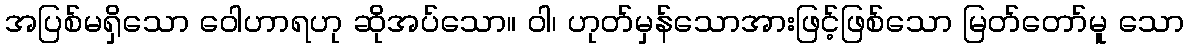
အပြစ်မရှိသော ဝေါဟာရဟု ဆိုအပ်သော။ ဝါ၊ ဟုတ်မှန်သောအားဖြင့်ဖြစ်သော မြတ်တော်မူ သော